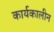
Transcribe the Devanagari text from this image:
कार्यकालीन